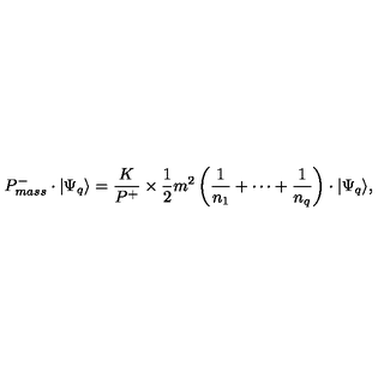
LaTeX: P _ { m a s s } ^ { - } \cdot \vert \Psi _ { q } \rangle = \frac { K } { P ^ { + } } \times \frac { 1 } { 2 } m ^ { 2 } \left( \frac { 1 } { n _ { 1 } } + \cdots + \frac { 1 } { n _ { q } } \right) \cdot \vert \Psi _ { q } \rangle ,